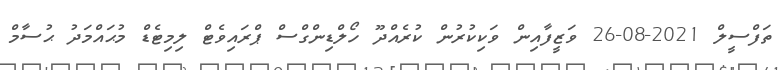
ތަފްސީލް 2021-08-26 ވަޒީފާއިން ވަކިކުރުން ކުރެއްދޫ ހޯލްޑިންގްސް ޕްރައިވެޓް ލިމިޓެޑް މުޙައްމަދު ޙުސާމް